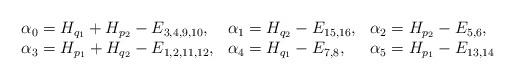
LaTeX: \begin{align*}\begin{array}{lll}\alpha_0=H_{q_1}+H_{p_2}-E_{3,4,9,10},&\alpha_1=H_{q_2}-E_{15,16},&\alpha_2=H_{p_2}-E_{5,6},\\\alpha_3=H_{p_1}+H_{q_2}-E_{1,2,11,12},&\alpha_4=H_{q_1}-E_{7,8},&\alpha_5=H_{p_1}-E_{13,14}\end{array}\end{align*}